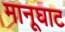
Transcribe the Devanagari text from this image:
मानूघाट